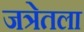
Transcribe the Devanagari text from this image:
जत्रेतला